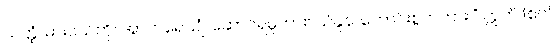
သတ္ထံ၊ ဓားငယ်ကို။ အာဟရေယျံ၊ ဆောင်ရမူကား။ ယံနူန၊ ကောင်းစွတကား။” ဣတိ (ဧတံ